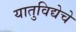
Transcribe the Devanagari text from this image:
यातुविद्येचे